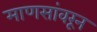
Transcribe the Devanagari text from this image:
माणसांवरून